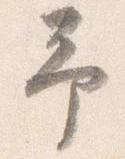
予